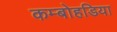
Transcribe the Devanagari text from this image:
कम्बोहडिया